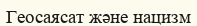
Геосаясат және нацизм